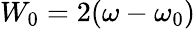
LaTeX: W_{0}=2(\omega-\omega_{0})